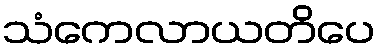
သံကေလာယတိပေ